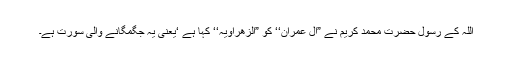
اللہ کے رسول حضرت محمد کریمؐ نے ”آلِ عمران‘‘ کو ”الزَّھْرَاوِیّہ‘‘ کہا ہے ‘یعنی یہ جگمگانے والی سورت ہے۔